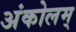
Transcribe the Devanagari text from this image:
अंकोलम्